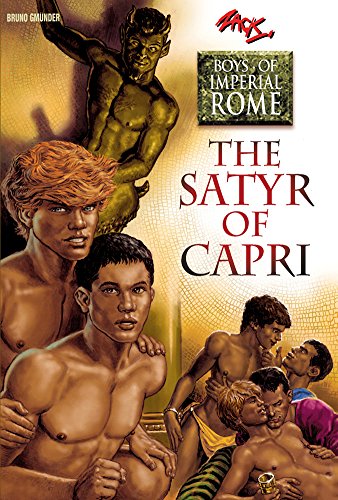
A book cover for The Satyr of Capri (Boys of Imperial Rome); Zack; Romance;